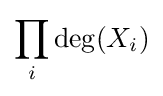
\prod _{i}\deg(X_{i})